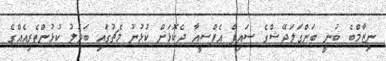
ނިޒާމްބެ ބުނީ ބަންގަލަދޭޝްގެ ސައިފް އެފްސީއާ ދެކޮޅަށް ކުޅުނު މެޗުގައި ބަދަލު ކުޅުންތެރިއެއްގެ